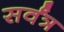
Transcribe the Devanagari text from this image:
सर्वंत्र